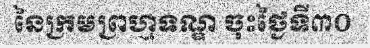
នៃក្រមព្រហ្មទណ្ឌ ចុះថ្ងៃទី៣០